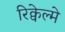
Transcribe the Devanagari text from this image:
रिक्वेल्मे